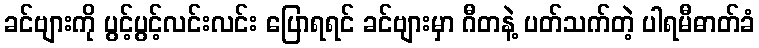
ခင်ဗျားကို ပွင့်ပွင့်လင်းလင်း ပြောရရင် ခင်ဗျားမှာ ဂီတနဲ့ ပတ်သက်တဲ့ ပါရမီဓာတ်ခံ